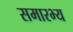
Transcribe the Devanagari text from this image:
समारभ्य